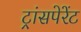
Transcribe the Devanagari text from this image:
ट्रांसपेरेंट